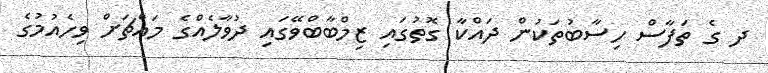
ދ ގެ ތަފާސް ހިސާބުތަކުން ދައްކާ ގޮތުގައި ޒިމްބާބްވޭގައި ދުވާލެއްގެ މައްޗަށް ވިހެއުމުގެ